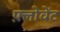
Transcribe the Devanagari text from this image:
फ़्लोवेंट